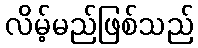
လိမ့်မည်ဖြစ်သည်